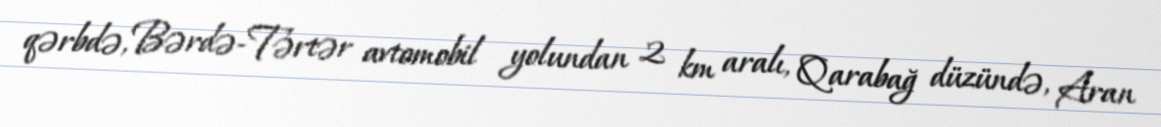
qərbdə, Bərdə-Tərtər avtomobil yolundan 2 km aralı, Qarabağ düzündə, Aran